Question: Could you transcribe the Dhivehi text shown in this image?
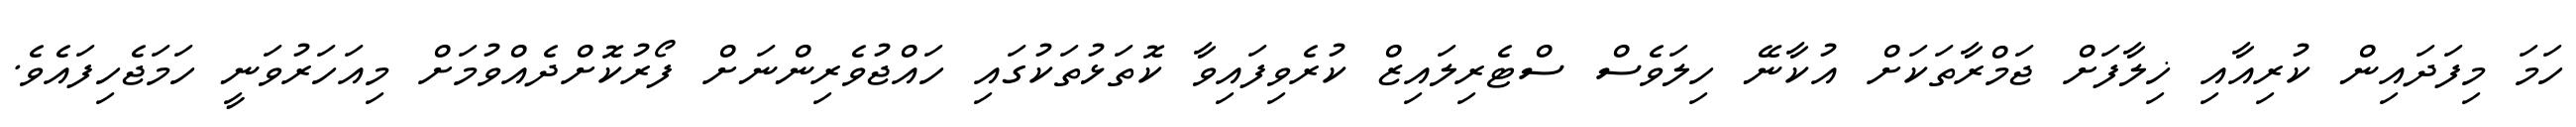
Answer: ހަމަ މިފަދައިން ކުރިއާއި ޚިލާފަށް ޖަމްރާތަކަށް އުކާނޭ ހިލަވެސް ސްޓެރިލައިޒް ކުރެވިފައިވާ ކޮތަޅުތަކުގައި ހައްޖުވެރިންނަށް ފޯރުކޮށްދެއްވުމަށް މިއަހަރުވަނީ ހަމަޖެހިފައެވެ.